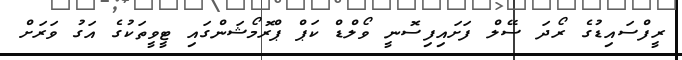
ރީފްސައިޑުގެ ރޯދަ ސޭލް ފަށައިފިސޮނީ ވޯލްޑް ކަޕް ޕްރޮމޯޝަންގައި ޓީވީތަކުގެ އަގު ވަރަށް